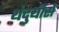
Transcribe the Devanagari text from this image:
थंदुयीसे